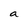
Character: a